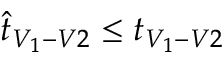
\hat { t } _ { V _ { 1 } - V 2 } \leq t _ { V _ { 1 } - V 2 }